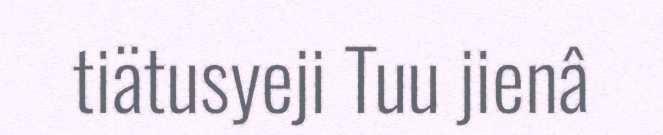
tiätusyeji Tuu jienâ